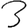
Digit: 3